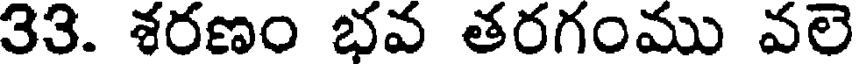
33. శరణం భవ తరగంము వలె